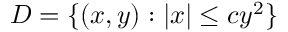
D = \{ ( x , y ) : | x | \leq c y ^ { 2 } \}